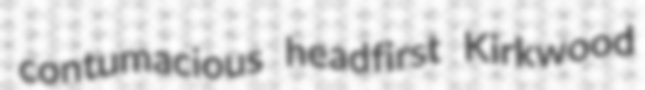
contumacious headfirst Kirkwood